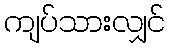
ကျပ်သားလျှင်